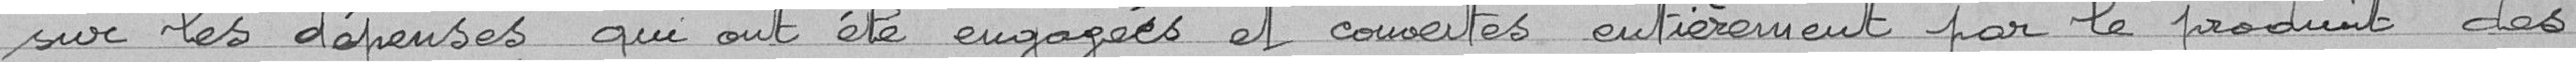
sur les dépenses qui ont été engagées et couvertes entièrement par le produit des